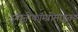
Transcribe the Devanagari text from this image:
इम्यूनोकॉम्प्रोमाइज़्ड